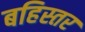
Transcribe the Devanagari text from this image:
बहिस्तर